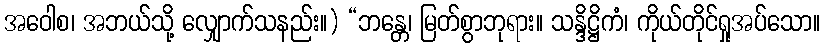
အဝေါစ၊ အဘယ်သို့ လျှောက်သနည်း။) “ဘန္တေ၊ မြတ်စွာဘုရား။ သန္ဒိဋ္ဌိကံ၊ ကိုယ်တိုင်ရှုအပ်သော။